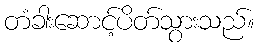
တံခါးဆောင့်ပိတ်သွားသည်။